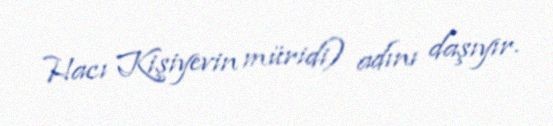
Hacı Kişiyevin müridi) adını daşıyır.